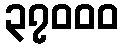
၃၇၀၀၀